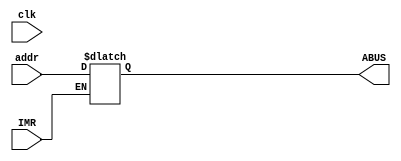
`timescale 1ns / 1ps
//////////////////////////////////////////////////////////////////////////////////
// Company: 
// Engineer: 
// 
// Design Name: 
// Module Name: MAR
// Project Name: 
// Target Devices: 
// Tool Versions: 
// Description: 
// 
// Dependencies: 
// 
// Revision:
// Revision 0.01 - File Created
// Additional Comments:
// 
//////////////////////////////////////////////////////////////////////////////////


module MAR(
input clk,IMR,
input [3:0]addr,
output [3:0] ABUS
    );
reg [3:0]addr_reg=0;
assign ABUS=addr_reg;
always@(*)
begin
if(!IMR)
begin addr_reg=addr; end
end
endmodule